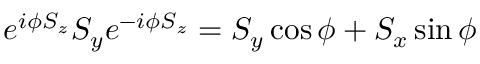
e ^ { i \phi S _ { z } } S _ { y } e ^ { - i \phi S _ { z } } = S _ { y } \cos \phi + S _ { x } \sin \phi